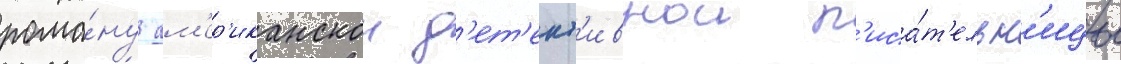
рома́ну ам'ер'иканскои д'ет'ект'ивнои п'иса́т'ельн'ицы